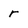
Character: r